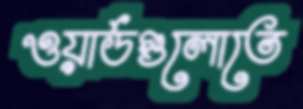
ওয়ার্ডগুলোতে